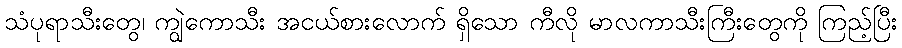
သံပုရာသီးတွေ၊ ကျွဲကောသီး အငယ်စားလောက် ရှိသော ကီလို မာလကာသီးကြီးတွေကို ကြည့်ပြီး